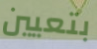
بتعيين